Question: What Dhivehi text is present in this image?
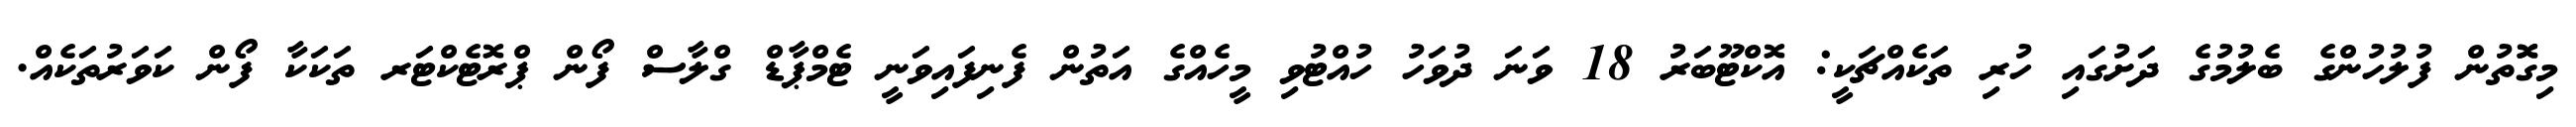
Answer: މިގޮޮތުން ފުލުހުންގެ ބެލުމުގެ ދަށުގައި ހުރި ތަކެއްޗަކީ: އޮކްޓޫބަރު 18 ވަނަ ދުވަހު ހުއްޓުވި މީހެއްގެ އަތުން ފެނިފައިވަނީ ޓެމްޕާޑް ގްލާސް ފޯން ޕްރޮޓެކްޓަރ ތަކަކާ ފޯން ކަވަރުތަކެއް.